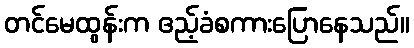
တင်မေထွန်းက ဧည့်ခံစကားပြောနေသည်။